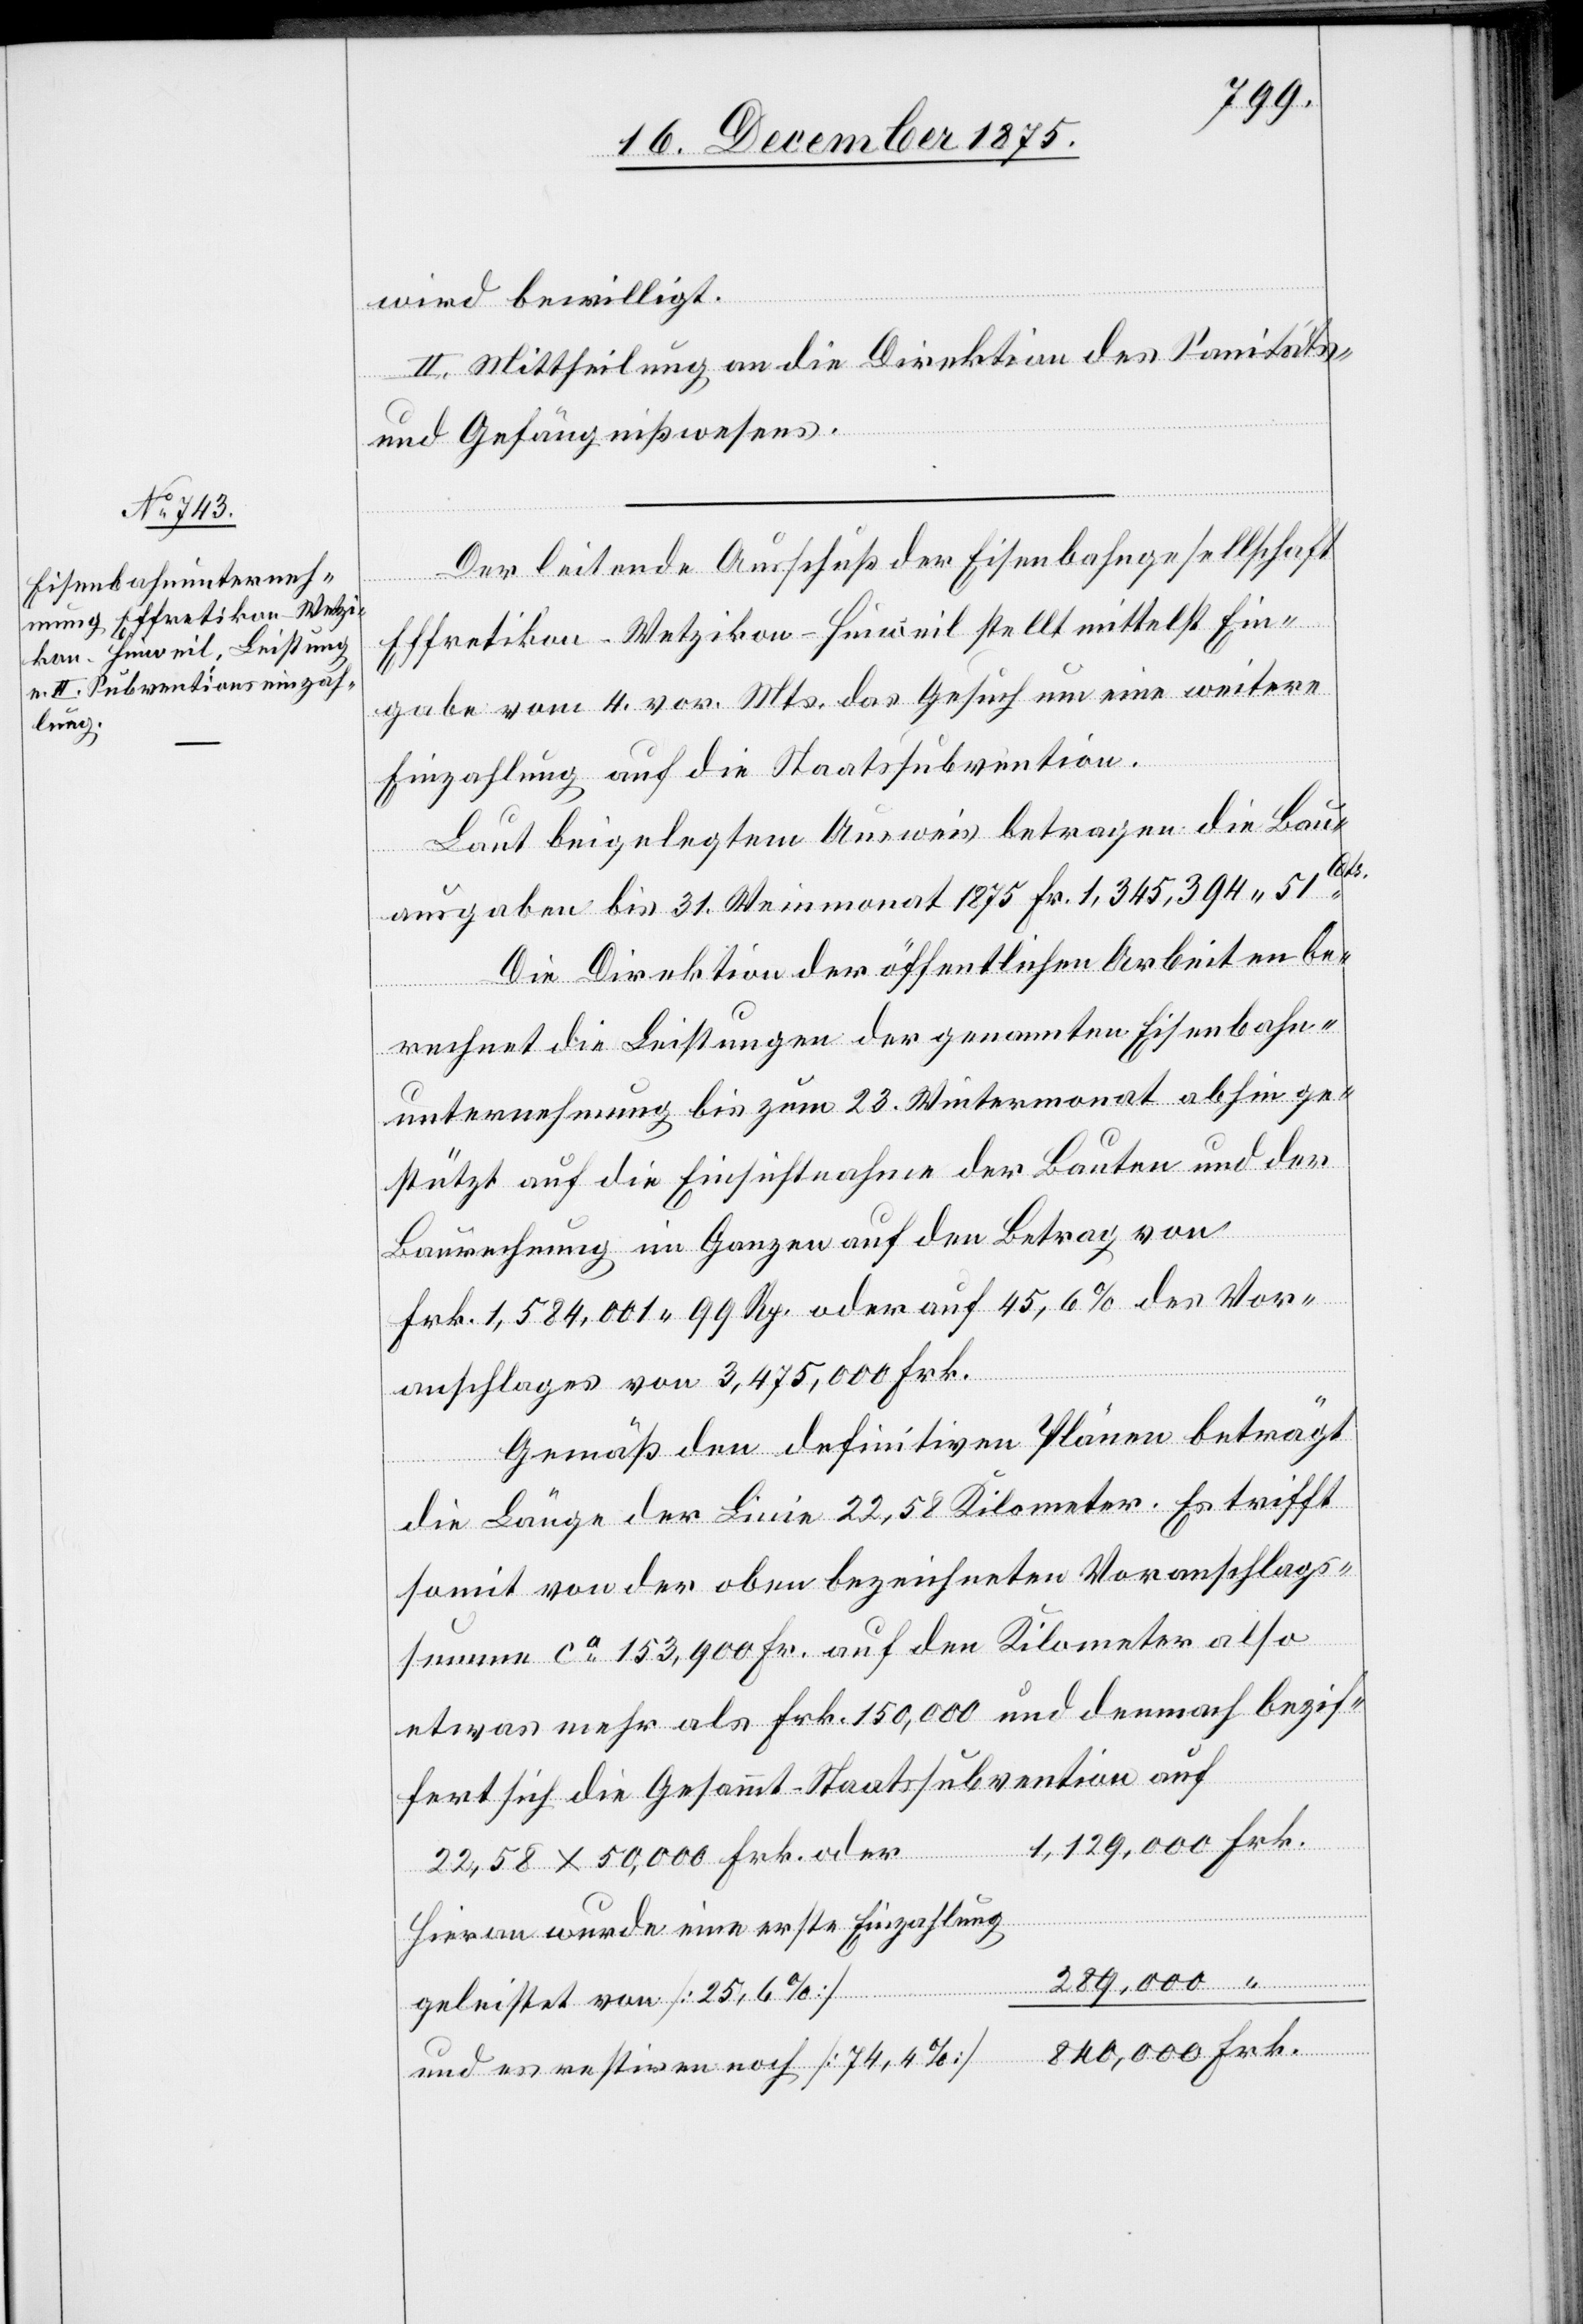
wird bewilligt.
II. Mittheilung an die Direktion des Sanitäts-
und Gefängnißwesens.
Der leitende Ausschuß der Eisenbahngesellschaft
Effretikon–Wetzikon–Hinweil stellt mittelst Ein¬
gabe vom 4. vor. Mts. das Gesuch um eine weitere
Einzahlung auf die Staatssubvention.
Laut beigelegtem Ausweis betragen die Bau¬
Cts.
ausgaben bis 31. Weinmonat 1875 Fr. 1,345,394 51
Die Direktion der öffentlichen Arbeiten be¬
rechnet die Leistungen der genannten Eisenbahn¬
unternehmung bis zum 23. Wintermonat abhin ge¬
stützt auf die Einsichtnahme der Bauten und der
Baurechnung im Ganzen auf den Betrag von
Frk. 1,584,001 99 Rp. oder auf 45,6% des Vor¬
anschlages von 3,475,000 Frk.
Gemäß den definitiven Plänen beträgt
die Länge der Linie 22,58 Kilometer. Es trifft
somit von der oben bezeichneten Voranschlags¬
summe ca 153,900 Fr. auf den Kilometer also
etwas mehr als Frk. 150,000 und demnach bezif¬
fert sich die Gesammt Staatssubvention auf
22,58 x 50,000 Frk. oder
Hievon wurde eine erste Einzahlung
geleistet von [25,6%]
und es restiren noch [74,4%]